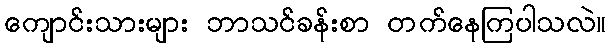
ကျောင်းသားများ ဘာသင်ခန်းစာ တက်နေကြပါသလဲ။